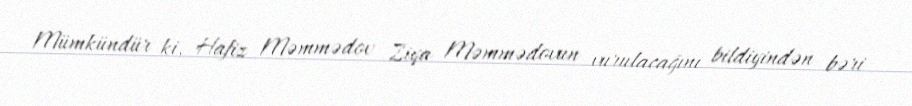
Mümkündür ki, Hafiz Məmmədov Ziya Məmmədovun vurulacağını bildiyindən bəri